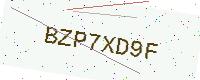
Text: BZP7XD9F